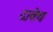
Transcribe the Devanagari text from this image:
दावेच